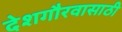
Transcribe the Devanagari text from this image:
देशगौरवासाठी